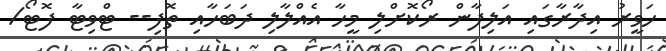
ހަވީރު އިދާރާގައި އަލިފާން ރޯކޮށްލި މީހާ އެއްލާލި ދަބަހާއި ތޮފި-- ޓްވިޓާ ފޮޓޯ/